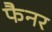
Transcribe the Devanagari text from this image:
फैनर